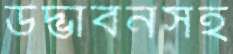
উদ্ভাবনসহ